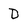
Character: D